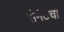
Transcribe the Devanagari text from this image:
सेनेटचा